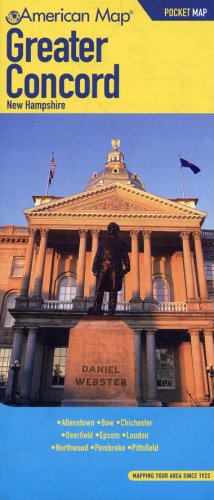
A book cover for AMERICAN MAP CONCORD NH GREATER; American Map Corp.; Travel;